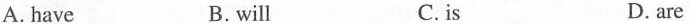
A. have B. will C.is D. are